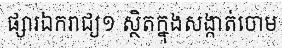
ផ្សារឯករាជ្យ១ ស្ថិតក្នុងសង្កាត់ចោម